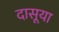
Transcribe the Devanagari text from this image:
दासूया